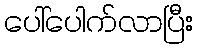
ပေါ်ပေါက်လာပြီး